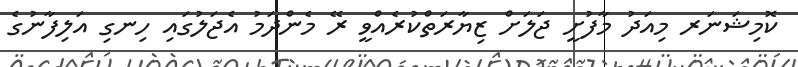
ކޮމިޝަނަރ މިއަދު މާފުށީ ޖަލަށް ޒިޔާރަތްކުރެއްވީ ރޭ މެންދަމު އެޖަލުގައި ހިނގި އަލިފާނުގެ